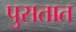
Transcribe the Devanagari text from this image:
पुसतात